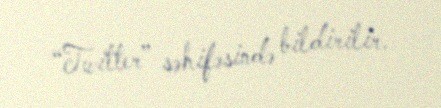
“Twitter” səhifəsində bildirilir.